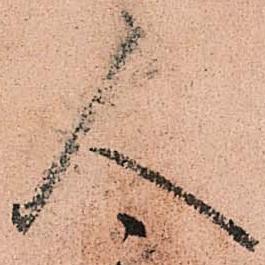
人